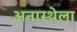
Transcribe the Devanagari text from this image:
अनास्थेला